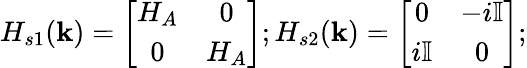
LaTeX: H_{s1}({\mathbf k})=\left[\begin{array}{cc}{H_{A}}&{0}\\ {0}&{H_{A}}\end{array}\right];H_{s2}({\mathbf k})=\left[\begin{array}{cc}{0}&{-i\mathbb{I}}\\ {i\mathbb{I}}&{0}\end{array}\right];